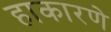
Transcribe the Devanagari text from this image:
हाकारणे